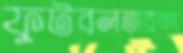
ফুটবলতারকা